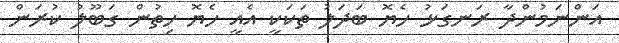
އަންނަމުންދާ ރަނގަޅު ހެޔޮ ބަދަލު ތަކަކީ އެއީ ހެޔޮ ހިތުން ގަބޫލު ކުރަން